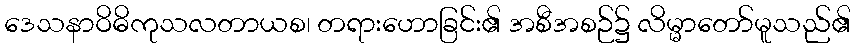
ဒေသနာဝိဓိကုသလတာယစ၊ တရားဟောခြင်း၏ အစီအစဉ်၌ လိမ္မာတော်မူသည်၏